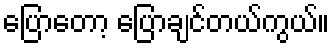
ပြောတော့ ပြောချင်တယ်ကွယ်။